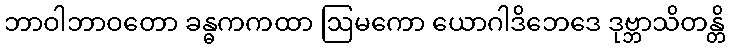
ဘာဝါဘာဝတော ခန္ဓကကထာ ဩမကော ယောဂါဒိဘေဒေ ဒုဗ္ဘာသိတန္တိ